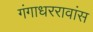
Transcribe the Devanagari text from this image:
गंगाधररावांस